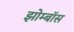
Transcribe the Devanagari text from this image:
झोम्बॉस